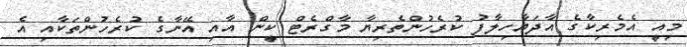
މިއީ އެމެރިކާގެ އާދަޔާހިލާފު ކުރެހުންތެރިޔާ މާގްރެޓް ކީން އާއި އޭނާގެ ކުރެހުންތަކާއި އެ